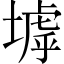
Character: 㙤